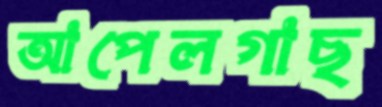
আপেলগাছ